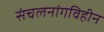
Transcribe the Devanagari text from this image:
संचलनांगविहीन